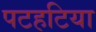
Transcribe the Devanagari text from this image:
पटहटिया